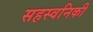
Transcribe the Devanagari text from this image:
सहस्वनिकी